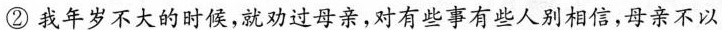
②我年岁不大的时候，就劝过母亲，对有些事有些人别相信，母亲不以